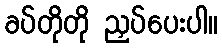
ခပ်တိုတို ညှပ်ပေးပါ။